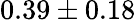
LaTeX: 0.39\pm 0.18